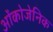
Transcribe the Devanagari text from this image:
ओंकोजेनिक